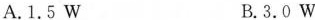
A.1.5W B.3.0W